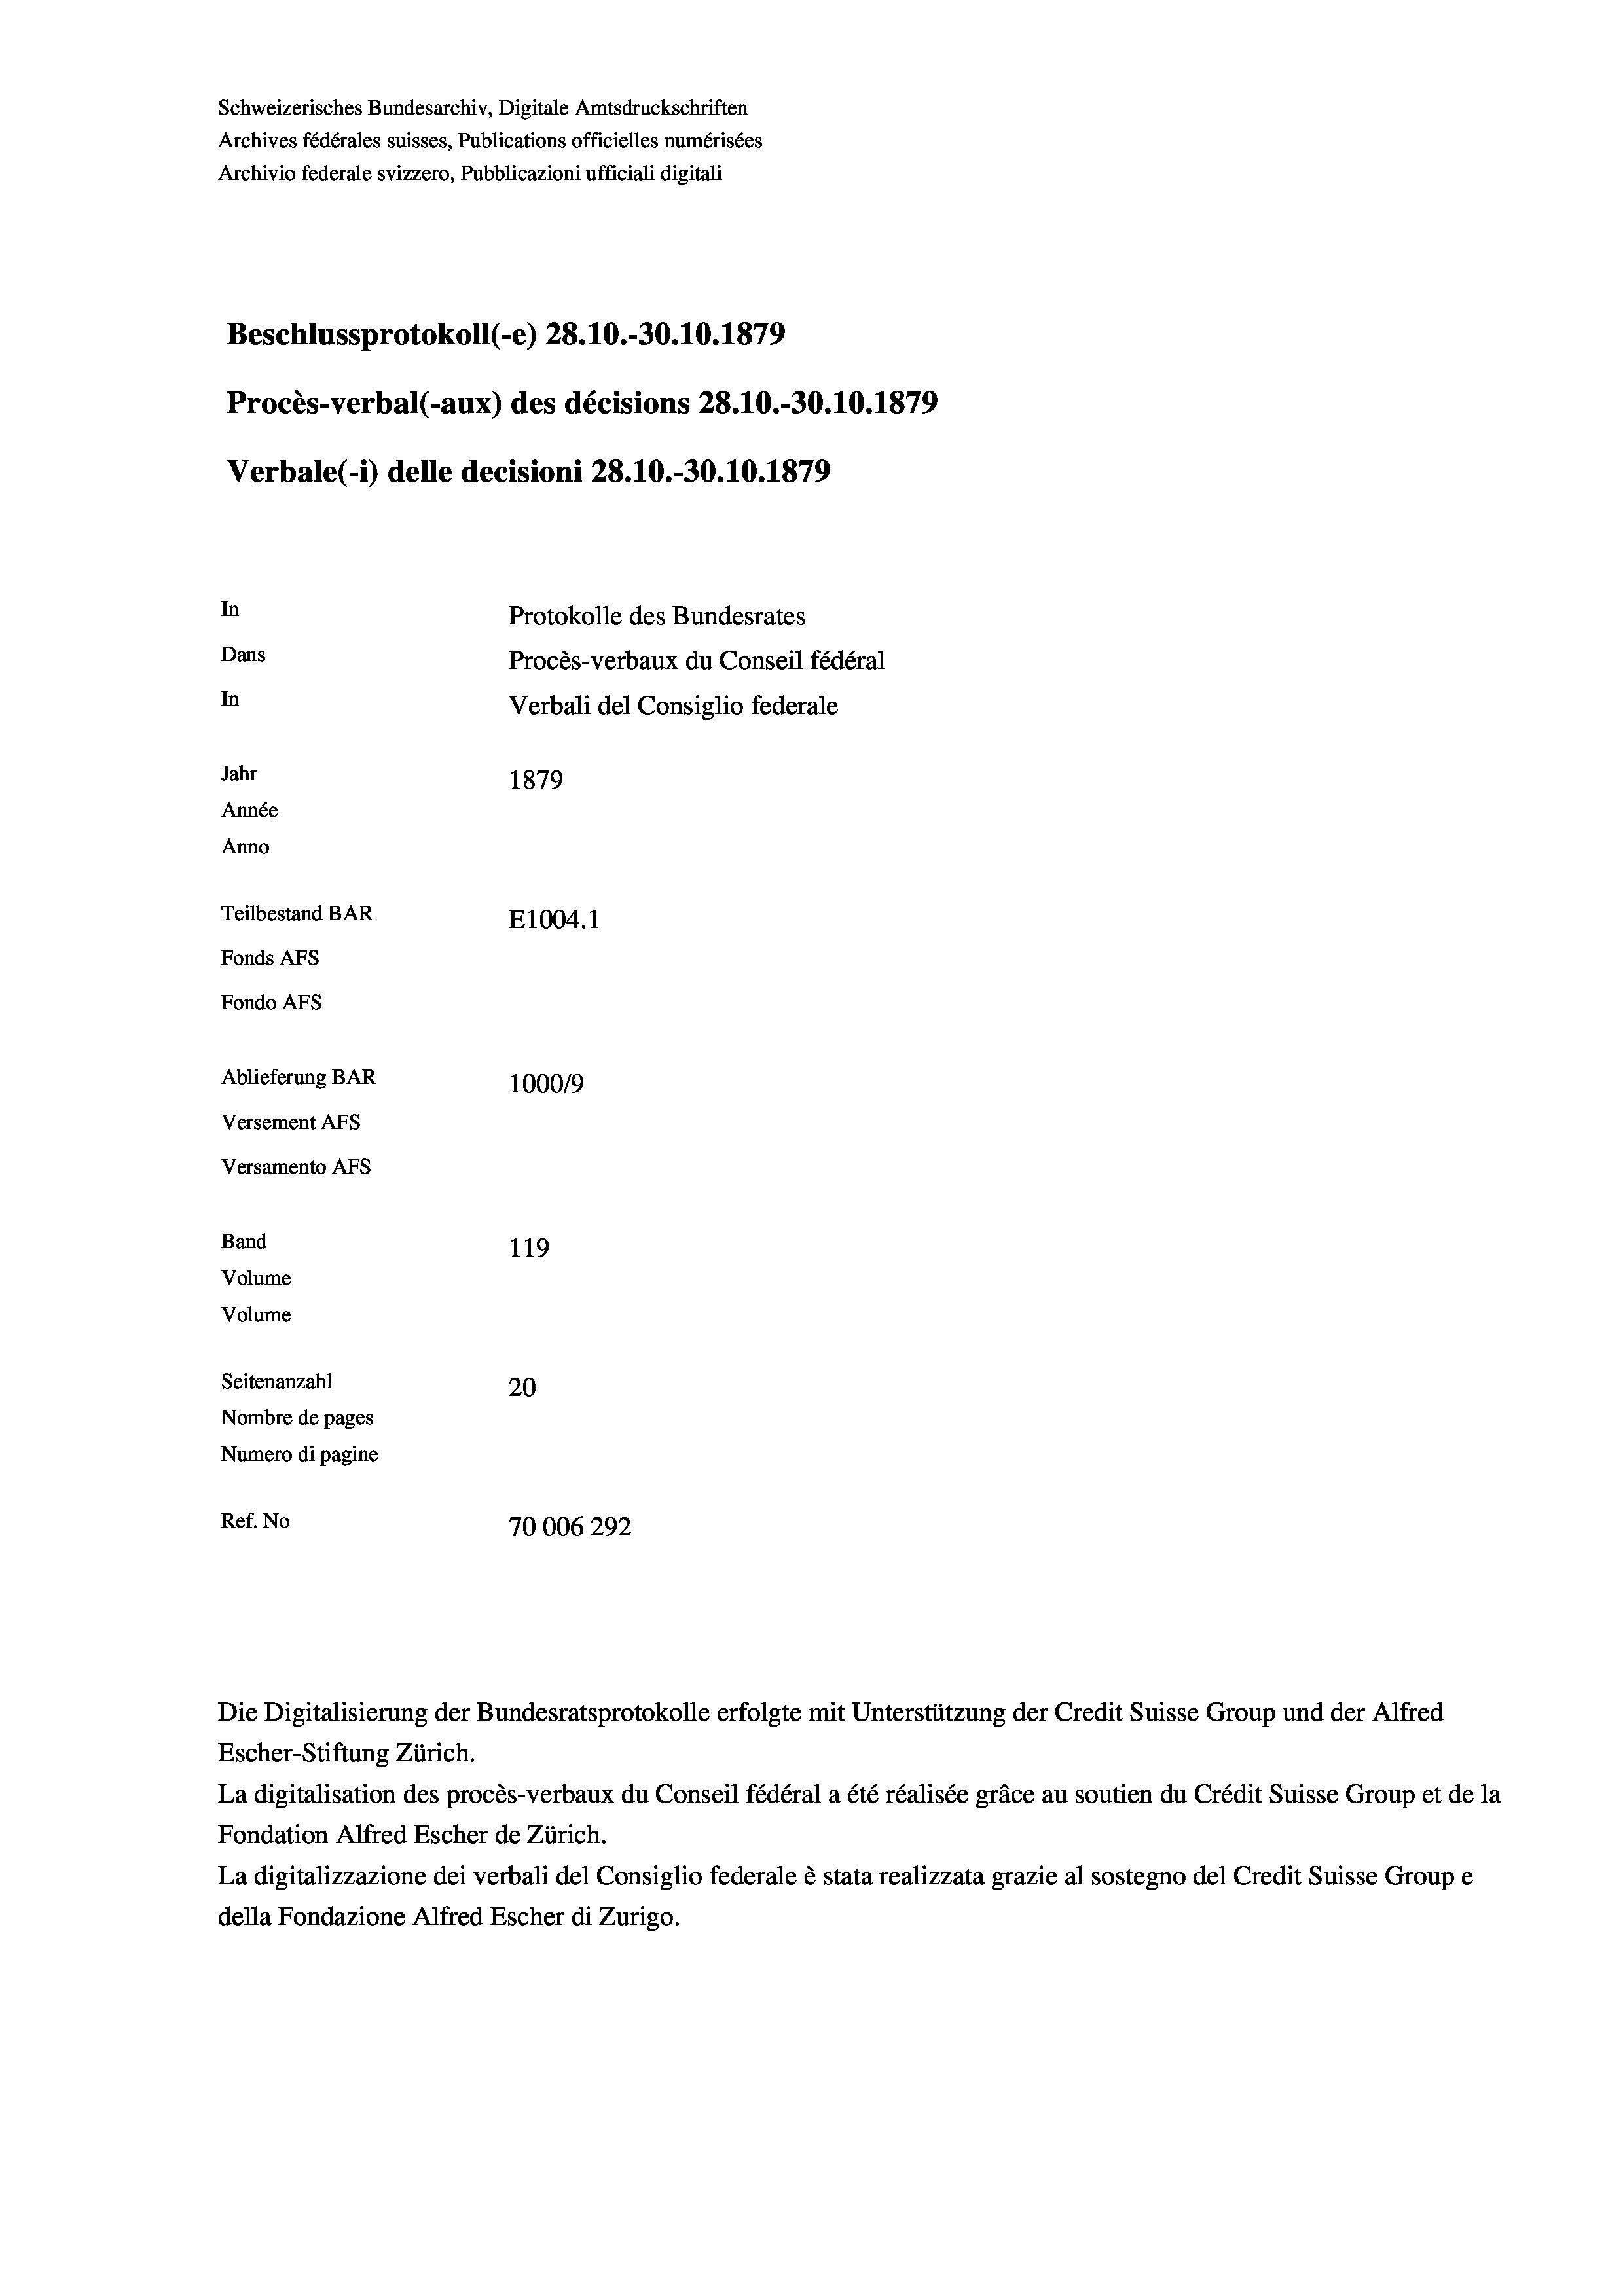
Schweizerisches Bundesarchiv, Digitale Amtsdruckschriften
Archives fédérales suisses, Publications officielles numérisées
Archivio federale svizzero, Pubblicazioni ufficiali digitali
Beschlussprotokoll (-e) 28. 10.-30.10.1879
Procès-verbal (-aux) des décisions 28.10.-30.10.1879
Verbale (i) delle decisioni 28.10.-30.10.1879
In
Protokolle des Bundesrates
Dans
Procès-verbaux du Conseil fédéral
In
Verbali del Consiglio federale
Jahr
1879
Année
Anno
Teilbestand BAR
E1004. 1
Fonds AFs
Fondo AFS
Ablieferung BAR
100019
Versement AFs
Versamento AFS
Band
119
Volume
Volume

Seitenanzahl
20
Nombre de pages
Numero di pagine
Ref. No
70006292

Die Digitalisierung der Bundesratsprotokolle erfolgte mit Unterstützung der Credit Suisse Group und der Alfred
Escher-Stiftung Zürich.
La digitalisation des procès-verbaux du Conseil fédéral a été réalisée gräce au soutien du Crédit Suisse Group et de la
Fondation Alfred Escher de Zürich.
La digitalizzazione dei verbali del Consiglio federale è stata realizzata grazie al sostegno del Credit Suisse Groupe
della Fondazione Alfred Escher di Zurigo.